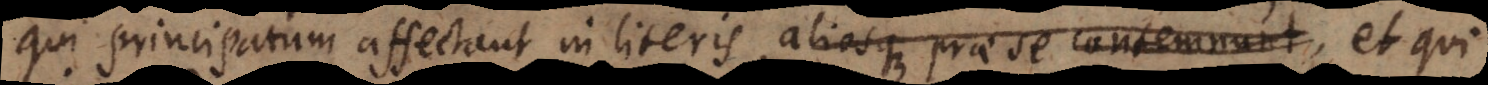
qui principatum affectant in literis, aliosque prae se contemnunt, et qui